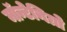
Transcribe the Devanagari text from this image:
मॉन्टेनिग्रो